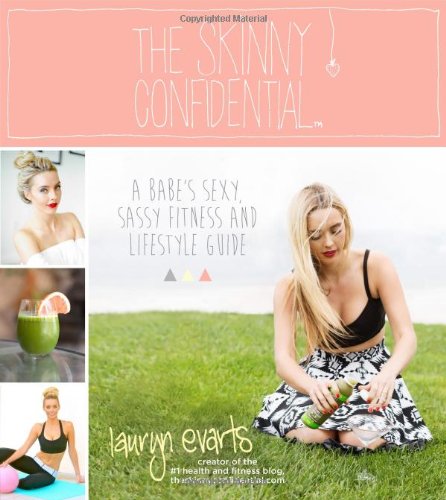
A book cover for The Skinny Confidential: A Babe's Sexy, Sassy Fitness and Lifestyle Guide; Lauryn Evarts; Health, Fitness & Dieting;